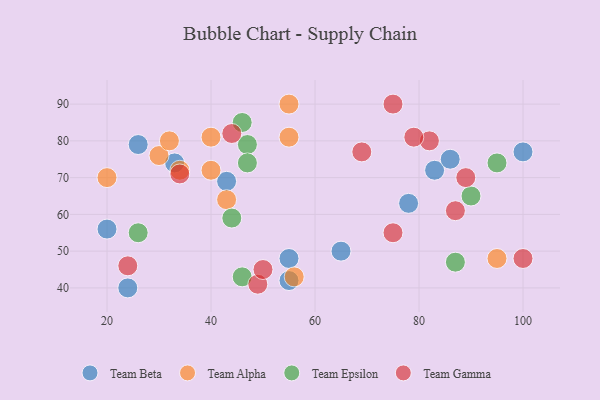
{"axis": {"x": "GDP", "y": "Life Expectancy"}, "legend": ["Team Alpha", "Team Beta", "Team Epsilon", "Team Gamma"], "data": [{"x": "43", "y": 69, "type": "Team Beta"}, {"x": "24", "y": 40, "type": "Team Beta"}, {"x": "33", "y": 74, "type": "Team Beta"}, {"x": "65", "y": 50, "type": "Team Beta"}, {"x": "20", "y": 56, "type": "Team Beta"}, {"x": "100", "y": 77, "type": "Team Beta"}, {"x": "55", "y": 48, "type": "Team Beta"}, {"x": "83", "y": 72, "type": "Team Beta"}, {"x": "26", "y": 79, "type": "Team Beta"}, {"x": "78", "y": 63, "type": "Team Beta"}, {"x": "86", "y": 75, "type": "Team Beta"}, {"x": "55", "y": 42, "type": "Team Beta"}, {"x": "40", "y": 72, "type": "Team Alpha"}, {"x": "40", "y": 81, "type": "Team Alpha"}, {"x": "56", "y": 43, "type": "Team Alpha"}, {"x": "34", "y": 72, "type": "Team Alpha"}, {"x": "55", "y": 81, "type": "Team Alpha"}, {"x": "43", "y": 64, "type": "Team Alpha"}, {"x": "30", "y": 76, "type": "Team Alpha"}, {"x": "55", "y": 90, "type": "Team Alpha"}, {"x": "32", "y": 80, "type": "Team Alpha"}, {"x": "20", "y": 70, "type": "Team Alpha"}, {"x": "95", "y": 48, "type": "Team Alpha"}, {"x": "26", "y": 55, "type": "Team Epsilon"}, {"x": "95", "y": 74, "type": "Team Epsilon"}, {"x": "46", "y": 43, "type": "Team Epsilon"}, {"x": "90", "y": 65, "type": "Team Epsilon"}, {"x": "87", "y": 47, "type": "Team Epsilon"}, {"x": "47", "y": 79, "type": "Team Epsilon"}, {"x": "44", "y": 59, "type": "Team Epsilon"}, {"x": "47", "y": 74, "type": "Team Epsilon"}, {"x": "46", "y": 85, "type": "Team Epsilon"}, {"x": "34", "y": 71, "type": "Team Gamma"}, {"x": "75", "y": 90, "type": "Team Gamma"}, {"x": "100", "y": 48, "type": "Team Gamma"}, {"x": "87", "y": 61, "type": "Team Gamma"}, {"x": "75", "y": 55, "type": "Team Gamma"}, {"x": "82", "y": 80, "type": "Team Gamma"}, {"x": "49", "y": 41, "type": "Team Gamma"}, {"x": "50", "y": 45, "type": "Team Gamma"}, {"x": "89", "y": 70, "type": "Team Gamma"}, {"x": "44", "y": 82, "type": "Team Gamma"}, {"x": "24", "y": 46, "type": "Team Gamma"}, {"x": "69", "y": 77, "type": "Team Gamma"}, {"x": "79", "y": 81, "type": "Team Gamma"}]}